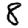
Digit: 8